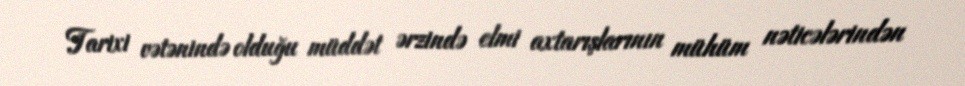
Tarixi vətənində olduğu müddət ərzində elmi axtarışlarının mühüm nəticələrindən